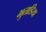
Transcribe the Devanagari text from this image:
भुताडिया